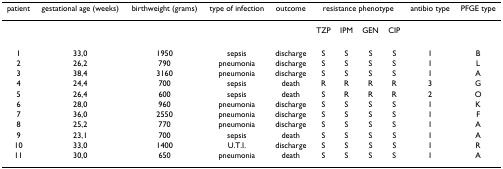
<table><thead><tr><td><b>patient</b></td><td><b>gestational age (weeks)</b></td><td><b>birthweight (grams)</b></td><td><b>type of infection</b></td><td><b>outcome</b></td><td colspan="4"><b>resistance phenotype</b></td><td><b>antibio type</b></td><td><b>PFGE type</b></td></tr></thead><tbody><tr><td></td><td></td><td></td><td></td><td></td><td>TZP</td><td>IPM</td><td>GEN</td><td>CIP</td><td></td><td></td></tr><tr><td>1</td><td>33,0</td><td>1950</td><td>sepsis</td><td>discharge</td><td>S</td><td>S</td><td>S</td><td>S</td><td>1</td><td>B</td></tr><tr><td>2</td><td>26,2</td><td>790</td><td>pneumonia</td><td>discharge</td><td>S</td><td>S</td><td>S</td><td>S</td><td>1</td><td>L</td></tr><tr><td>3</td><td>38,4</td><td>3160</td><td>pneumonia</td><td>discharge</td><td>S</td><td>S</td><td>S</td><td>S</td><td>1</td><td>A</td></tr><tr><td>4</td><td>24,4</td><td>700</td><td>sepsis</td><td>death</td><td>R</td><td>R</td><td>R</td><td>R</td><td>3</td><td>G</td></tr><tr><td>5</td><td>26,4</td><td>600</td><td>sepsis</td><td>death</td><td>S</td><td>R</td><td>R</td><td>R</td><td>2</td><td>O</td></tr><tr><td>6</td><td>28,0</td><td>960</td><td>pneumonia</td><td>discharge</td><td>S</td><td>S</td><td>S</td><td>S</td><td>1</td><td>K</td></tr><tr><td>7</td><td>36,0</td><td>2550</td><td>pneumonia</td><td>discharge</td><td>S</td><td>S</td><td>S</td><td>S</td><td>1</td><td>F</td></tr><tr><td>8</td><td>25,2</td><td>770</td><td>pneumonia</td><td>discharge</td><td>S</td><td>S</td><td>S</td><td>S</td><td>1</td><td>A</td></tr><tr><td>9</td><td>23,1</td><td>700</td><td>sepsis</td><td>death</td><td>S</td><td>S</td><td>S</td><td>S</td><td>1</td><td>A</td></tr><tr><td>10</td><td>33,0</td><td>1400</td><td>U.T.I.</td><td>discharge</td><td>S</td><td>S</td><td>S</td><td>S</td><td>1</td><td>R</td></tr><tr><td>11</td><td>30,0</td><td>650</td><td>pneumonia</td><td>death</td><td>S</td><td>S</td><td>S</td><td>S</td><td>1</td><td>A</td></tr></tbody></table>